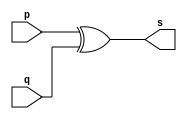
// Exemplo0005 - XOR
// Nome: Tiago Moreira

// -- xor gate

module xorgate (output [0:3]s, input [0:3]p, input [0:3]q);
	assign s = p^q; //criar vinculo permanente (dependencia)
endmodule //xorgate

// --test xorgate

module testxorgate;

// ---- dados locais

reg [0:3]a,b; //definir registradores (variavel independente)

wire [0:3]s; //definir conexao (fio) - (variavel dependente)

// ---- instancia

xorgate XOR1 (s,a,b);

// ---- preparacao

initial
	begin:start
	a = 4'b0011; //4 valores binarios
	b = 4'b0101;
	end
	
// ---- parte principal

initial
	begin:main
	
	//execucao unitaria
	$display ("Exemplo0005 - Tiago Moreira - 438948");
	$display ("Test Xor Gate");
	$display ("\n\t\t time\ta ^ b = s");
	$monitor ("%d\t%b ^ %b = %b",$time,a,b,s);
	
	#1	a = 0;	b = 0;	//	valores decimais
	#1	a=4'b0010;	b=4'b0001;	//	valores binarios
	#1 a=4'd1;	b = 3;	// decimal e decimal
	#1 a=4'o5;	b = 2;	//	octal e decimal
	#1 a=4'hA;	b = 3;	//	hexadecimal e decimal
	#1 a=4'h9;	b=4'o3;	//	hexadecimal e octal
	
	end
endmodule //testxorgate

// -- Documentacao complementar
// 
// 		Historico
// Nome					Data				Modificacao
// Exemplo0001			05/08/2011		Esboco Buffer
// Exemplo0002			05/08/2011		Esboco Porta not ( not gate )
// Exemplo0003			05/08/2011		Esboco Porta and ( and gate )
// Exemplo0004			05/08/2011		Esboco Porta or ( or gate )
// Exemplo0005			05/08/2011		Esboco Porta xor ( xor gate )
//
//			Testes e Resultados
//
// Exemplo0001
//			time		a = s
//			0			0 = 0
//			1			1 = 1
//			2			0 = 0
//
//	Exemplo0002
//			time	~a = s
//			 1		~0 = 1
//			 2		~1 = 0
//
//	Exemplo0003
//			time	a&b = s
//			 1		0&0 = 0
//			 2		0&1 = 0
//			 3		1&0 = 0
//			 4		1&1 = 1
//
//	Exemplo0004
//			time	a|b = s
//			 1		0|0 = 0
//			 2		0|1 = 1
//			 3		1|0 = 1
//			 4		1|1 = 1
//
//	Exemplo0005
//			time	  a  ^	b  =  s
//			 0		0011 ^ 0101 = 0110
//        1		0000 ^ 0000 = 0000
//			 2		0010 ^ 0001 = 0011
//			 3		0001 ^ 0011 = 0010
//			 4		0101 ^ 0010 = 0111
//			 5		1010 ^ 0011 = 1001
//			 6		1001 ^ 0011 = 1010
//